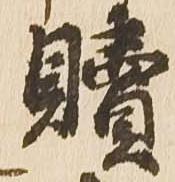
贖